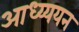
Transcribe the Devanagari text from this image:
आध्य्ययन